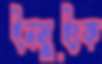
ইনসুইংক